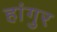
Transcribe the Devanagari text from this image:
हांगुर